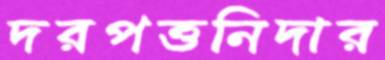
দরপত্তনিদার